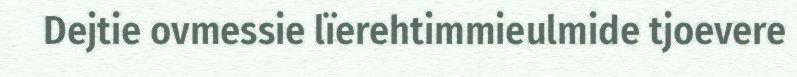
Dejtie ovmessie lïerehtimmieulmide tjoevere